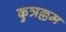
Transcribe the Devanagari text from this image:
कुत्रल्लम